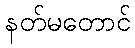
နတ်မတောင်